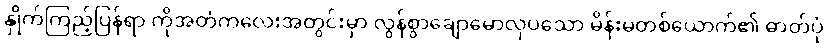
နှိုက်ကြည့်ပြန်ရာ ကိုအတံကလေးအတွင်းမှာ လွန်စွာချောမောလှပသော မိန်းမတစ်ယောက်၏ ဓာတ်ပုံ